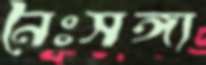
নৈঃসঙ্গ্য